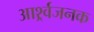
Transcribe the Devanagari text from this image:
आर्श्र्वजनक